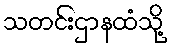
သတင်းဌာနထံသို့